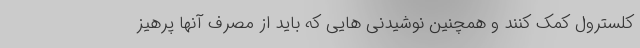
کلسترول کمک کنند و همچنین نوشیدنی هایی که باید از مصرف آنها پرهیز